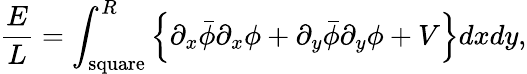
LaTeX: \frac{E}{L}=\int_{\mathrm{{square}}}^{R}\left\{ \partial_{x}\bar{\phi}\partial_{x}\phi+\partial_{y}\bar{\phi}\partial_{y}\phi+V\right\} dxdy,